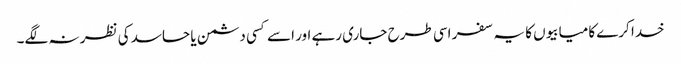
خدا کرے کامیابیوں کا یہ سفر اسی طرح جاری رہے اور اسے کسی دشمن یا حاسد کی نظر نہ لگے۔